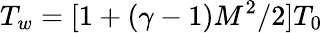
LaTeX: T_{w}=[1+(\gamma-1)M^{2}/2]T_{0}